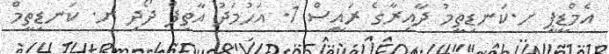
އެމްޑީޕީ ށ.ކަނޑިތީމު ދާއިރާގެ ރައީސް 1. އަހުމަދު އާތިފް ދޯދި ށ. ކަނޑިތީމް